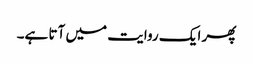
پھر ایک روایت میں آتا ہے۔